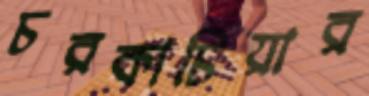
চরকাচিয়ার